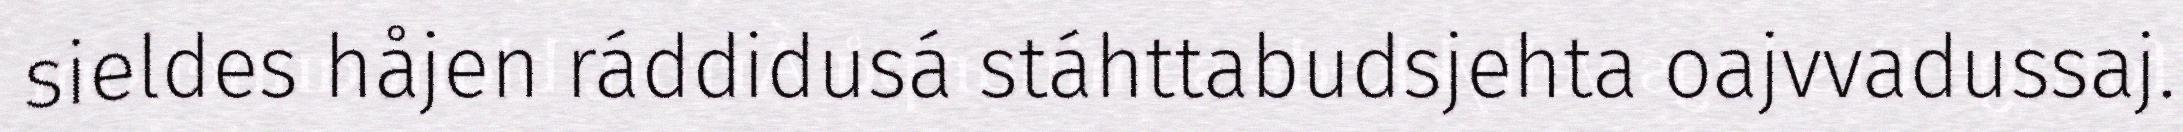
sieldes håjen ráddidusá stáhttabudsjehta oajvvadussaj.